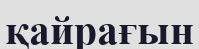
қайрағын